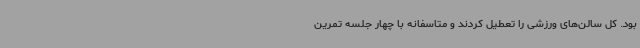
بود. کل سالن‌های ورزشی را تعطیل کردند و متاسفانه با چهار جلسه تمرین